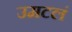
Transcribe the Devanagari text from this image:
उमटलं